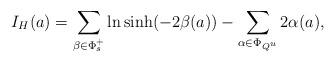
LaTeX: \begin{align*}I_H(a)=\sum_{\beta\in \Phi_s^+}\ln \sinh(-2\beta(a))-\sum_{\alpha\in\Phi_{Q^u}}2\alpha(a),\end{align*}